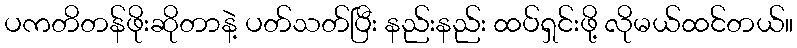
ပကတိတန်ဖိုးဆိုတာနဲ့ ပတ်သတ်ပြီး နည်းနည်း ထပ်ရှင်းဖို့ လိုမယ်ထင်တယ်။